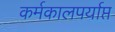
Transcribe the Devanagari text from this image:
कर्मकालपर्याप्त